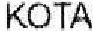
KOTA